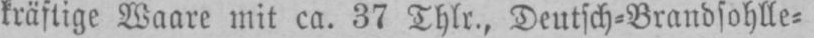
kräftige Waare mit ca. 37 Thlr., Deutsch⸗Brandsohlle⸗